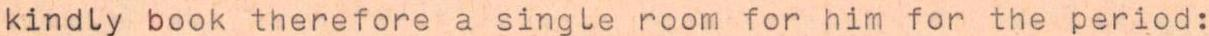
kindly book therefore a single room for him for the period: